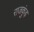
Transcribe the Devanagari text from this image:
राजकुंड़